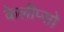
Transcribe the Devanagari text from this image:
केलीप्सो